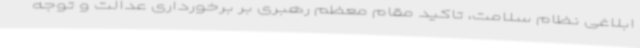
ابلاغی نظام سلامت، تاکید مقام معظم رهبری بر برخورداری عدالت و توجه